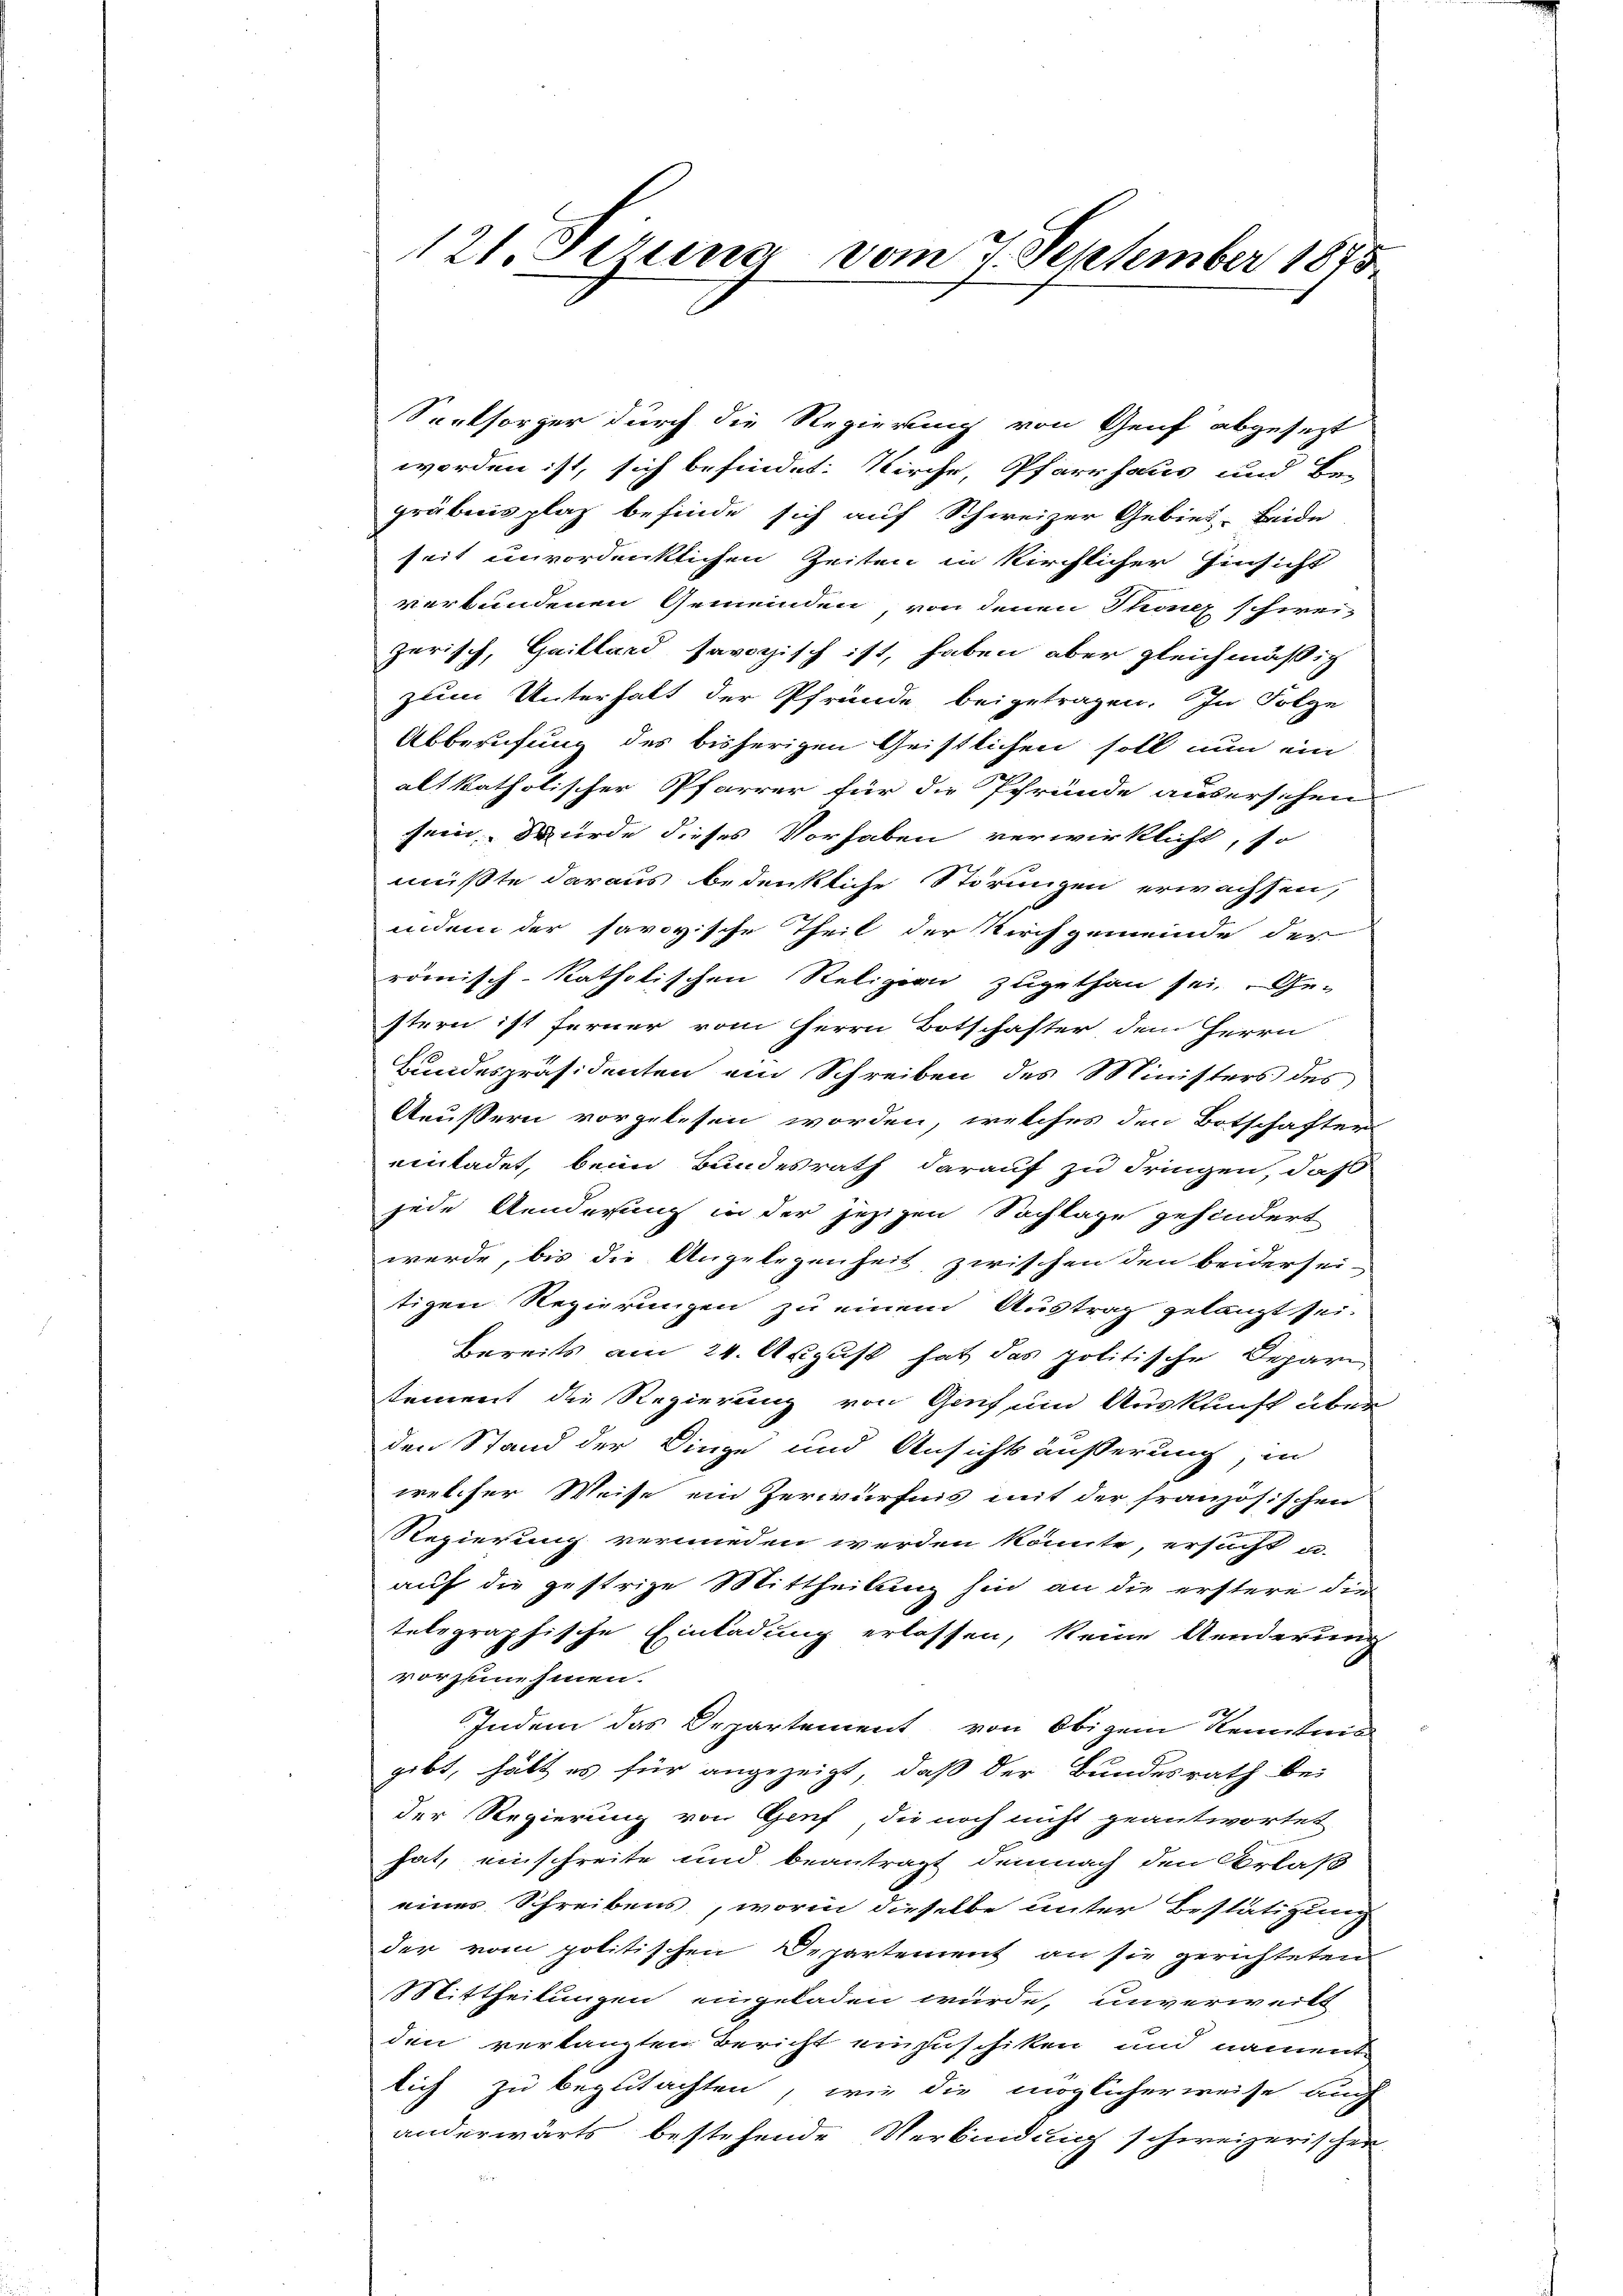
121. Juna vom 7. September 1875

Seelsorger durch die Regierung von Genf abgesezt
worden ist, sich befindet. Kirche, Pfarrhaus und Er-
gräbnis plaz befinde sich auf Schweizer Gebiet. Beide
seit unvordenklichen Zeiten in kirchlicher Hinsicht
verbundenen Gemeinden, von denen Thoncz schwei-
zerisch, Gaillard savoyisch ist, haben aber gleichmäßig
zum Unterhalt der Pfründe beigetragen. In Folge
Abberufung des bisherigen Geistlichen soll nun ein
alt katholischer Pfarrer für die Pfründe auserschen
sein, wurde dieses Vorhaben verwirklicht, so
mußte daraus bedenkliche Störungen erwachsen,
indem der savoyische Theil der Kirchgemeinde der
römisch-katholischen Religion zugethan sei, Ge-
stern ist ferner vom Herrn Botschafter dem Herrn
Bundespräsidenten ein Schreiben des Ministers des
Aeußern vorgelesen worden, welches den Botschaften
einladet, beim Bundesrath darauf zu dringen, daß
jede Aenderung in der jezigen Sachlage gehindert
werde, bis die Angelegenheit zwischen den beidersei-
tigen Regierungen zu einem Austrag gelangt sei.
bereits am 24. August hat das politische Deparistement die Regierung von Genf um Auskunft über
den Stand der Dinge und Ansichtsäußerung, in
welcher Weise ein Zerwürfnis mit der französischen
Regierung vermieden werden könnte, ersucht a.
auf die gestrige Mittheilung hin an die erstere der
telegraphische Einladung erlassen, keine Aenderung
vorzunehinen.
Indem das Departement von obigem Kenntnis
gibt, hält es für angezeigt, daß der Bundesrath bei
der Regierung von Genf, die noch nicht geantwortet
hat, einschreite und beantragt demnach den Orlaß
eines Schreibens, worin dieselbe unter Bestätigung
der vom politischen Departement an sie gerichteten
Mittheilungen eingeladen wurde, unverweilt
den verlangten Bericht einzuschiken und namentlich zu begutachten, wie die möglicherweise auch
anderwärts bestehende Verbindung schweizerischer